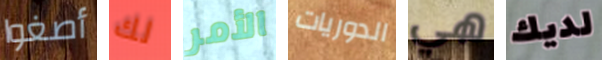
أصغوا لك الأمر الدوريات هي لديك